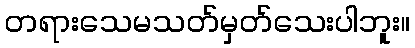
တရားသေမသတ်မှတ်သေးပါဘူး။